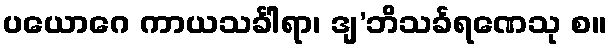
ပယောဂေ ကာယသင်္ခါရာ၊ ဒျ’ဘိသင်္ခရဏေသု စ။